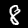
Label: 8